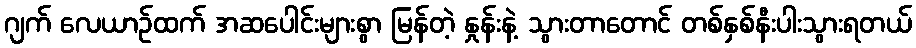
ဂျက် လေယာဉ်ထက် အဆပေါင်းများစွာ မြန်တဲ့ နှုန်းနဲ့ သွားတာတောင် တစ်နှစ်နီးပါးသွားရတယ်